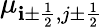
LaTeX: \mu_{\mathbf{i}\pm\frac{{1}}{{2}},j\pm\frac{{1}}{{2}}}